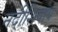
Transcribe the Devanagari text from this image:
नदीशिवाय